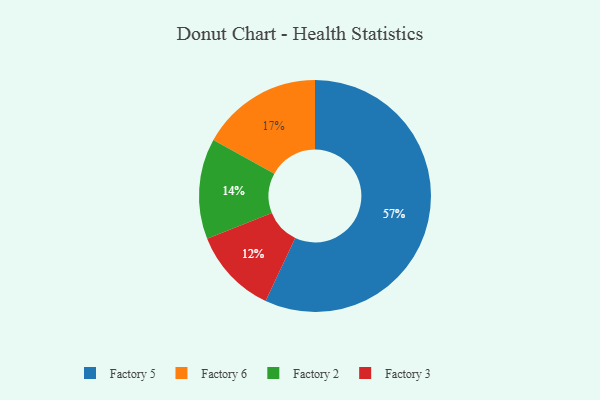
{"axis": {"x": "Category", "y": "Percentage"}, "legend": ["Factory 2", "Factory 3", "Factory 5", "Factory 6"], "data": [{"x": "Factory 6", "y": 17, "type": "Factory 6"}, {"x": "Factory 2", "y": 14, "type": "Factory 2"}, {"x": "Factory 3", "y": 12, "type": "Factory 3"}, {"x": "Factory 5", "y": 57, "type": "Factory 5"}]}